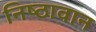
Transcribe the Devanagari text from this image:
निष्‍ठावान